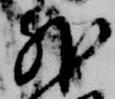
外